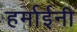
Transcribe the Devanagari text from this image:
हर्माईनी